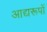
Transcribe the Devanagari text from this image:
आद्यरूपों